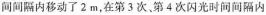
时间间隔内移动了 2 m，在第3次、第4次闪光时间间隔内